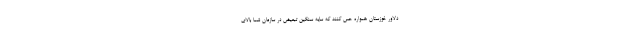
دلاور خوزستان همواره حس کنند که سایه سنگین تبعیض در سازمان شما بالای